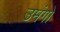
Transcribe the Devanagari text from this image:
उमंगो